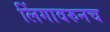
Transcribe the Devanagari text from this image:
लिंगावरुनच